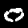
Label: 0